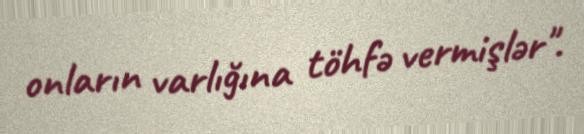
onların varlığına töhfə vermişlər".